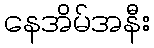
နေအိမ်အနီး